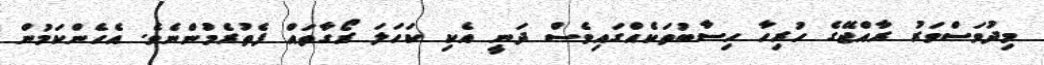
މިދުވަސްވަރު ރާއްޖޭގެ ހުރިހާ ހިސާބުތަކެއްގައިވެސް ދަނީ އެކި ކަހަލަ ރޯގާތައް ފެތުރެމުންނެވެ. އެހެންކަމުން